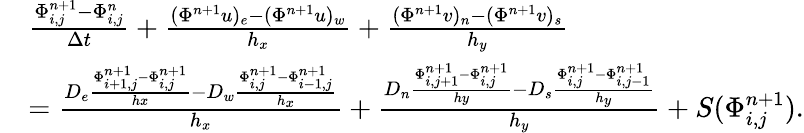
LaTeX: \begin{array}{rl}&{\frac{\Phi_{i,j}^{n+1}-\Phi_{i,j}^{n}}{\Delta t}+\frac{(\Phi^{n+1}u)_{e}-(\Phi^{n+1}u)_{w}}{h_{x}}+\frac{(\Phi^{n+1}v)_{n}-(\Phi^{n+1}v)_{s}}{h_{y}}}\\ &{=\frac{D_{e}\frac{\Phi_{i+1,j}^{n+1}-\Phi_{i,j}^{n+1}}{hx}-D_{w}\frac{\Phi_{i,j}^{n+1}-\Phi_{i-1,j}^{n+1}}{h_{x}}}{h_{x}}+\frac{D_{n}\frac{\Phi_{i,j+1}^{n+1}-\Phi_{i,j}^{n+1}}{hy}-D_{s}\frac{\Phi_{i,j}^{n+1}-\Phi_{i,j-1}^{n+1}}{h_{y}}}{h_{y}}+S(\Phi_{i,j}^{n+1}).}\end{array}